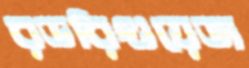
রডরিগুয়েজ